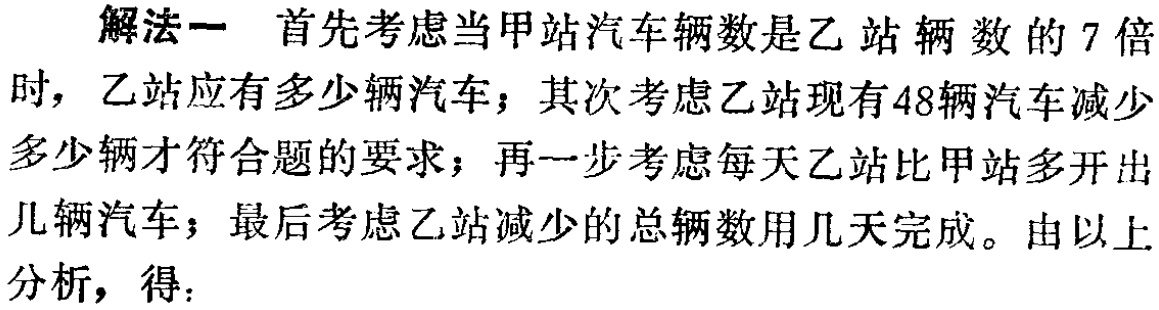
解法一 首先考虑当甲站汽车辆数是乙站辆数的 7 倍时，乙站应有多少辆汽车；其次考虑乙站现有48辆汽车减少多少辆才符合题的要求；再一步考虑每天乙站比甲站多开出几辆汽车；最后考虑乙站减少的总辆数用几天完成。由以上分析，得：